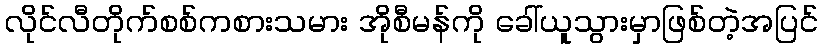
လိုင်လီတိုက်စစ်ကစားသမား အိုစီမန်ကို ခေါ်ယူသွားမှာဖြစ်တဲ့အပြင်